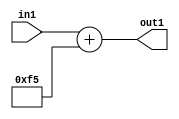
`timescale 1ps / 1ps
/*****************************************************************************
    Verilog RTL Description
    
    
    Created by: Stratus DpOpt 2019.1.01 
*******************************************************************************/

module DC_Filter_Add_12U_68_4 (
	in1,
	out1
	); /* architecture "behavioural" */ 
input [11:0] in1;
output [11:0] out1;
wire [11:0] asc001;

assign asc001 = 
	+(in1)
	+(12'B000011110101);

assign out1 = asc001;
endmodule

/* CADENCE  urn0SAE= : u9/ySgnWtBlWxVPRXgAZ4Og= ** DO NOT EDIT THIS LINE ******/